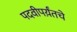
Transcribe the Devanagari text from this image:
पदवीपर्य़ंतचे